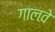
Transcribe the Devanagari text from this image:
गालवे